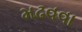
મઢવવા